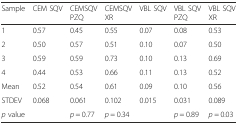
<table><thead><tr><td><b>Sample</b></td><td><b>CEM SQV</b></td><td><b>CEMSQV PZQ</b></td><td><b>CEMSQV XR</b></td><td><b>VBL SQV</b></td><td><b>VBL SQV PZQ</b></td><td><b>VBL SQV XR</b></td></tr></thead><tbody><tr><td>1</td><td>0.57</td><td>0.45</td><td>0.55</td><td>0.07</td><td>0.08</td><td>0.53</td></tr><tr><td>2</td><td>0.50</td><td>0.57</td><td>0.51</td><td>0.10</td><td>0.07</td><td>0.50</td></tr><tr><td>3</td><td>0.59</td><td>0.59</td><td>0.73</td><td>0.10</td><td>0.13</td><td>0.69</td></tr><tr><td>4</td><td>0.44</td><td>0.53</td><td>0.66</td><td>0.11</td><td>0.13</td><td>0.52</td></tr><tr><td>Mean</td><td>0.52</td><td>0.54</td><td>0.61</td><td>0.09</td><td>0.10</td><td>0.56</td></tr><tr><td>STDEV</td><td>0.068</td><td>0.061</td><td>0.102</td><td>0.015</td><td>0.031</td><td>0.089</td></tr><tr><td><i>p</i> value</td><td></td><td><i>p</i> = 0.77</td><td><i>p</i> = 0.34</td><td></td><td><i>p</i> = 0.89</td><td><i>p</i> = 0.03</td></tr></tbody></table>